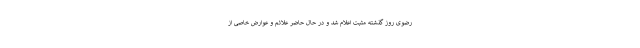
رضوی روز گذشته مثبت اعلام شد و در حال حاضر علائم و عوارض خاصی از